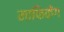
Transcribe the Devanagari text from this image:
माफिकेंग